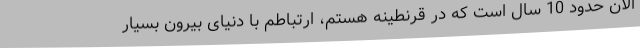
الان حدود 10 سال است که در قرنطینه هستم، ارتباطم با دنیای بیرون بسیار